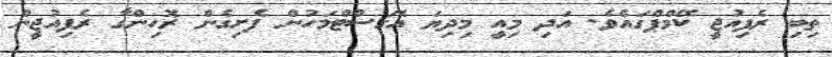
ތިބި ރެފިއުޖީ ކޭމްޕްގައެވެ. އަދި މިއީ މިދިޔަ އޮގަސްޓްމަހުން ފެށިގެން ރޮހިންގާ ރެފިއުޖީން